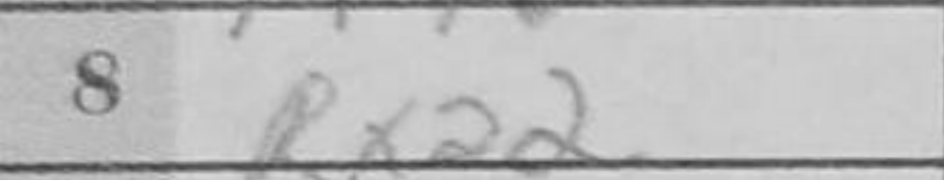
Transcription: Rxa2